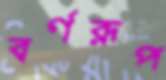
বর্ণরূপ